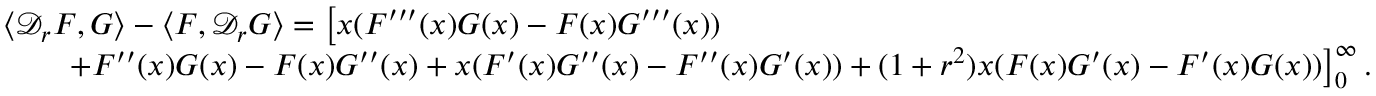
\begin{array} { r l } & { \langle \mathcal { D } _ { r } F , G \rangle - \langle F , \mathcal { D } _ { r } G \rangle = \left[ x ( F ^ { \prime \prime \prime } ( x ) G ( x ) - F ( x ) G ^ { \prime \prime \prime } ( x ) ) \right. } \\ & { \qquad \left. + F ^ { \prime \prime } ( x ) G ( x ) - F ( x ) G ^ { \prime \prime } ( x ) + x ( F ^ { \prime } ( x ) G ^ { \prime \prime } ( x ) - F ^ { \prime \prime } ( x ) G ^ { \prime } ( x ) ) + ( 1 + r ^ { 2 } ) x ( F ( x ) G ^ { \prime } ( x ) - F ^ { \prime } ( x ) G ( x ) ) \right] _ { 0 } ^ { \infty } . } \end{array}